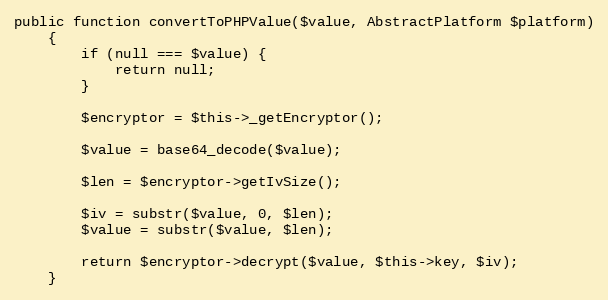
Language: PHP
public function convertToPHPValue($value, AbstractPlatform $platform)
    {
        if (null === $value) {
            return null;
        }

        $encryptor = $this->_getEncryptor();

        $value = base64_decode($value);

        $len = $encryptor->getIvSize();

        $iv = substr($value, 0, $len);
        $value = substr($value, $len);

        return $encryptor->decrypt($value, $this->key, $iv);
    }